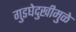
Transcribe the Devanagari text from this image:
गुडघेदुखीमुळे